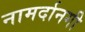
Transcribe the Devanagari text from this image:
नामर्दानगी